Annual report of the Civil Veterinary Department, Bengal, and of the Bengal Veterinary College for the year 1904-1905 - 1904-1905
Year: 1904
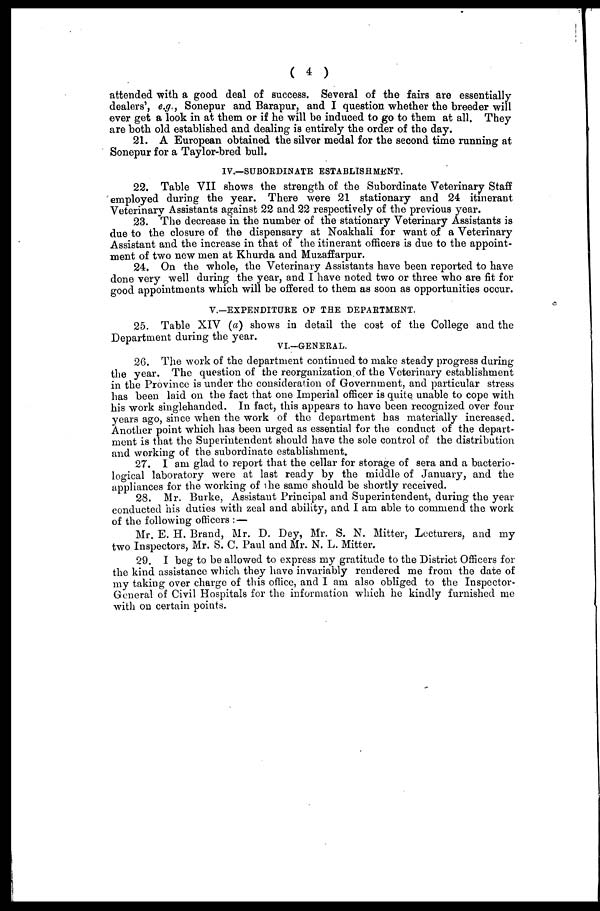
( 4 )
attended with a good deal of success. Several of the fairs are essentially
dealers', e.g., Sonepur and Barapur, and I question whether the breeder will
ever get a look in at them or if he will be induced to go to them at all. They
are both old established and dealing is entirely the order of the day.
21. A European obtained the silver medal for the second time running at
Sonepur for a Taylor-bred bull.
IV.—SUBORDINATE ESTABLISHMENT.
22. Table VII shows the strength of the Subordinate Veterinary Staff
employed during the year. There were 21 stationary and 24 itinerant
Veterinary Assistants against 22 and 22 respectively of the previous year.
23. The decrease in the number of the stationary Veterinary Assistants is
due to the closure of the dispensary at Noakhali for want of a Veterinary
Assistant and the increase in that of the itinerant officers is due to the appoint-
ment of two new men at Khurda and Muzaffarpur.
24. On the whole, the Veterinary Assistants have been reported to have
done very well during the year, and I have noted two or three who are fit for
good appointments which will be offered to them as soon as opportunities occur.
V.—EXPENDITURE OF THE DEPARTMENT.
25. Table XIV (a) shows in detail the cost of the College and the
Department during the year.
VI.—GENERAL.
26. The work of the department continued to make steady progress during
the year. The question of the reorganization of the Veterinary establishment
in the Province is under the consideration of Government, and particular stress
has been laid on the fact that one Imperial officer is quite unable to cope with
his work singlehanded. In fact, this appears to have been recognized over four
years ago, since when the work of the department has materially increased.
Another point which has been urged as essential for the conduct of the depart-
ment is that the Superintendent should have the sole control of the distribution
and working of the subordinate establishment.
27. I am glad to report that the cellar for storage of sera and a bacterio-
logical laboratory were at last ready by the middle of January, and the
appliances for the working of the same should be shortly received.
28. Mr. Burke, Assistant Principal and Superintendent, during the year
conducted his duties with zeal and ability, and I am able to commend the work
of the following officers :—
Mr. E. H. Brand, Mr. D. Dey, Mr. S. N. Mitter, Lecturers, and my
two Inspectors, Mr. S. C. Paul and Mr. N. L. Mitter.
29. I beg to be allowed to express my gratitude to the District Officers for
the kind assistance which they have invariably rendered me from the date of
my taking over charge of this office, and I am also obliged to the Inspector-
General of Civil Hospitals for the information which he kindly furnished me
with on certain points.